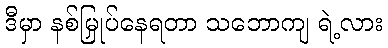
ဒီမှာ နစ်မြှုပ်နေရတာ သဘောကျ ရဲ့လား